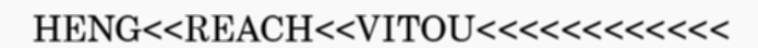
HENG<<REACH<<VITOU<<<<<<<<<<<<